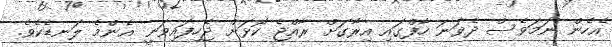
އެހެން ނަމަވެސް ދެވަނަ ހާފްގައި އިރާގަށް ރާއްޖެ ކޮޅަށް ޖެހިފައިވަނީ އެންމެ ލަނޑެކެވެ.